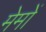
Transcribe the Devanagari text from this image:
मेमों